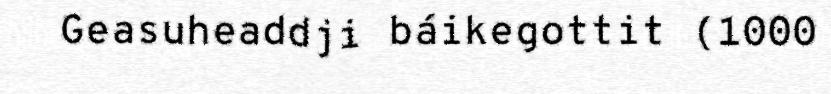
Geasuheaddji báikegottit (1000